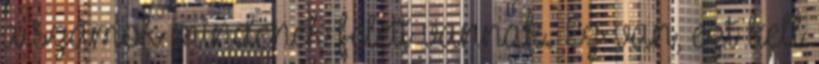
a számok mindenek felett vannak. Ez van, ezt kell